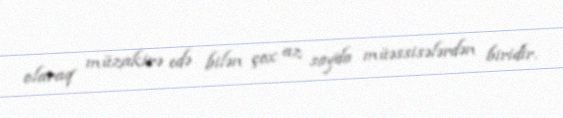
olaraq müzakirə edə bilən çox az sayda müəssisələrdən biridir.